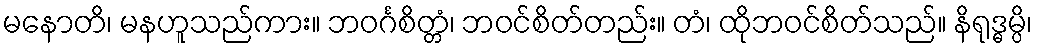
မနောတိ၊ မနဟူသည်ကား။ ဘဝင်္ဂစိတ္တံ၊ ဘဝင်စိတ်တည်း။ တံ၊ ထိုဘဝင်စိတ်သည်။ နိရုဒ္ဓမ္ပိ၊